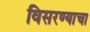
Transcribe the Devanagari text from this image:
विसरण्याचा